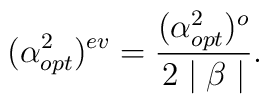
(\alpha^{2}_{opt})^{ev}=\frac{(\alpha^{2}_{opt})^{o}}{2\mid\beta\mid}.